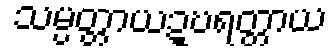
သမ္ပတ္တာယဍ္ဎရတ္တာယ